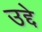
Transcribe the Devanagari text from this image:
उद्दे